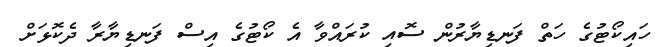
ހައިކޯޓުގެ ހަތް ފަނޑިޔާރުން ސޮއި ކުރައްވާ އެ ކޯޓުގެ އިސް ފަނޑިޔާާރާ ދެކޮޅަށް